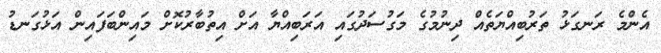
އެންމެ ރަނގަޅު ތަރުބިއްޔަތެއް ދިނުމުގެ މަގުސަދުގައި އަރަބިއްޔާ އަށް އިތުބާރުކޮށް މައިންބަފައިން އަޅުގަނޑު